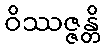
ဝိဿဇ္ဇန္တိ